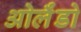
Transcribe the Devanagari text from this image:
ओर्लँडो